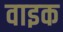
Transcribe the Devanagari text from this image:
वाइक